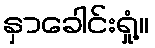
နှာခေါင်းရှုံ့။